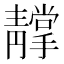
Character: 𩇢